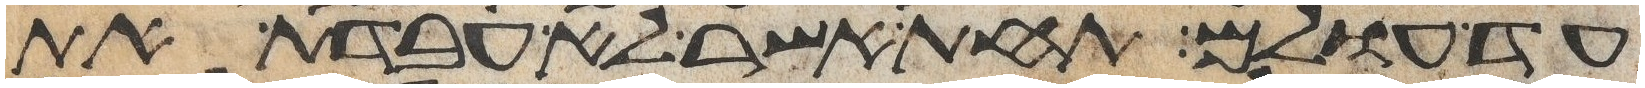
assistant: עד עולם תחת אשר לא עבדת את